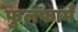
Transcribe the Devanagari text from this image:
फुलफार्म